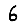
Digit: 6